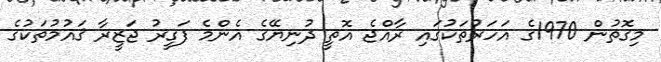
މިގޮތުން 1970ގެ އަހަރުތަކުގައި ރާއްޖެ އޮތީ ދުނިޔޭގެ އެންމެ ފަގީރު ޖަޒީރާ ޤައުމުތަކުގެ